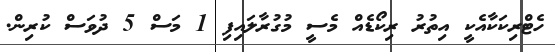
ހެޓްރިކަކާއެކީ އިތުރު ރިކޯޑެއް މެސީ މުގުރާލައިފި 1 މަސް 5 ދުވަސް ކުރިން.